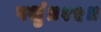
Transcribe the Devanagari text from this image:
पशुं॥१५॥